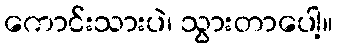
ကောင်းသားပဲ၊ သွားတာပေါ့။